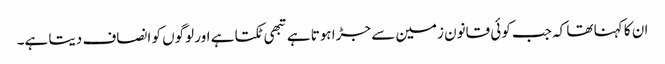
ان کا کہنا تھا کہ جب کوئی قانون زمین سے جڑا ہوتا ہے تبھی ٹکتا ہے اور لوگوں کو انصاف دیتا ہے۔